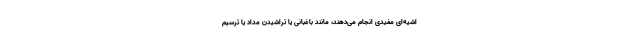
اشیه‌ای مفیدی انجام می‌دهند، مانند باغبانی یا تراشیدن مداد یا ترسیم